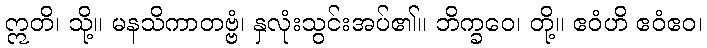
ဣတိ၊ သို့။ မနသိကာတဗ္ဗံ၊ နှလုံးသွင်းအပ်၏။ ဘိက္ခဝေ၊ တို့။ ဧဝံဟိ ဧဝံဧဝ၊